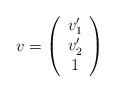
LaTeX: \begin{align*} v= \left(\begin{array}{c} v^\prime_1 \\ v^\prime_2 \\ 1\end{array}\right)\end{align*}